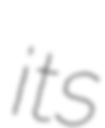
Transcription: its